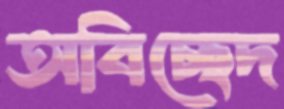
অবিচ্ছেদ